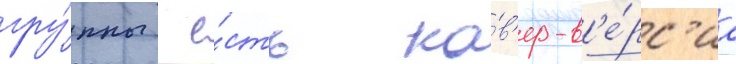
гру́ппы  е́сть ка́в'ер-в'е́рс'иа